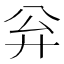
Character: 𪪳